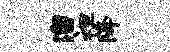
溜袒降